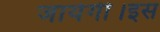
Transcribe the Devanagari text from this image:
जायेगी।इस